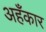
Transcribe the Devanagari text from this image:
अहँकार